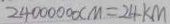
2 4 0 0 0 0 0 0 c m = 2 4 k m